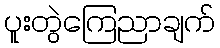
ပူးတွဲကြေညာချက်